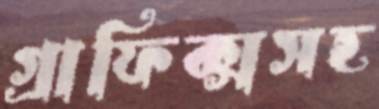
গ্রাফিক্সসহ